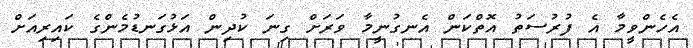
އެެހެންވީމާ އެ ފުރުސަތު އޮތްކަން އެނގުނީމާ ވަރަށް ގިނަ ކުދިން އަޅުގަނޑުމެންގެ ކައިރިއަށް